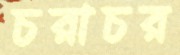
চরাচর